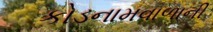
કોડનામવાળાની